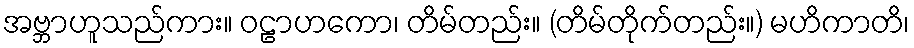
အဗ္ဘာဟူသည်ကား။ ဝဠာဟကော၊ တိမ်တည်း။ (တိမ်တိုက်တည်း။) မဟိကာတိ၊